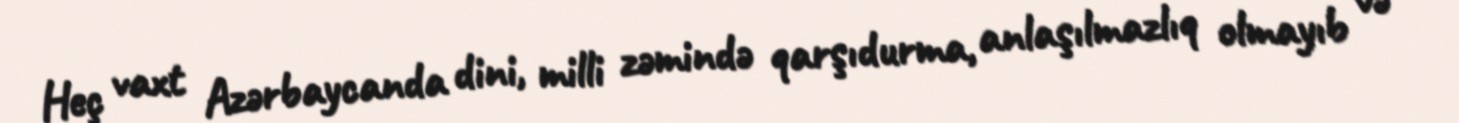
Heç vaxt Azərbaycanda dini, milli zəmində qarşıdurma, anlaşılmazlıq olmayıb və